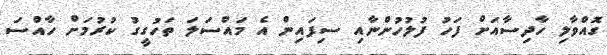
ގޮއްވާލި ހާދިސާއަށް ފަހު ފުލުހުންނާއި ސިފައިން އެ މައްސަލަ ތަހުގީގު ކުރުމަށް ހާއްސަ